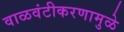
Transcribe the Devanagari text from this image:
वाळवंटीकरणामुळे